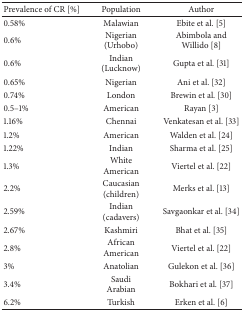
<table><thead><tr><td><b>Prevalence of CR [%]</b></td><td><b>Population</b></td><td><b>Author</b></td></tr></thead><tbody><tr><td>0.58%</td><td>Malawian</td><td>Ebite et al. [5]</td></tr><tr><td>0.6%</td><td>Nigerian (Urhobo)</td><td> Abimbola and Willido [8]</td></tr><tr><td>0.6%</td><td>Indian (Lucknow)</td><td>Gupta et al. [31]</td></tr><tr><td>0.65%</td><td>Nigerian</td><td>Ani et al. [32]</td></tr><tr><td>0.74%</td><td>London</td><td>Brewin et al. [30]</td></tr><tr><td>0.5–1%</td><td>American</td><td>Rayan [3]</td></tr><tr><td>1.16%</td><td>Chennai</td><td>Venkatesan et al. [33]</td></tr><tr><td>1.2%</td><td>American</td><td>Walden et al. [24]</td></tr><tr><td>1.22%</td><td>Indian</td><td>Sharma et al. [25]</td></tr><tr><td>1.3%</td><td>White American</td><td>Viertel et al. [22]</td></tr><tr><td>2.2%</td><td>Caucasian (children)</td><td>Merks et al. [13]</td></tr><tr><td>2.59%</td><td>Indian (cadavers)</td><td>Savgaonkar et al. [34]</td></tr><tr><td>2.67%</td><td>Kashmiri</td><td>Bhat et al. [35]</td></tr><tr><td>2.8%</td><td>African American</td><td>Viertel et al. [22]</td></tr><tr><td>3%</td><td>Anatolian</td><td>Gulekon et al. [36]</td></tr><tr><td>3.4%</td><td>Saudi Arabian</td><td>Bokhari et al. [37]</td></tr><tr><td>6.2%</td><td>Turkish</td><td>Erken et al. [6]</td></tr></tbody></table>